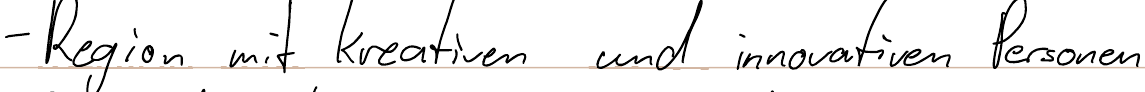
- Region mit kreativen und innovativen Personen